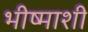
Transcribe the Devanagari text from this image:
भीष्माशी